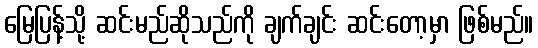
မြေပြန့်သို့ ဆင်းမည်ဆိုသည်ကို ချက်ချင်း ဆင်းတော့မှာ ဖြစ်မည်။